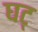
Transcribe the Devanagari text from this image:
घट्